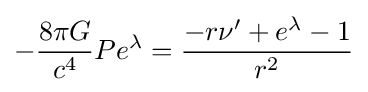
-{\frac {8\pi G}{c^{4}}}Pe^{\lambda }={\frac {-r\nu '+e^{\lambda }-1}{r^{2}}}